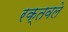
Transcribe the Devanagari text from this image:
रक्तवले